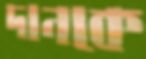
দানকে